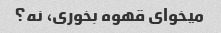
میخوای قهوه بخوری، نه؟